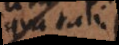
qua tali